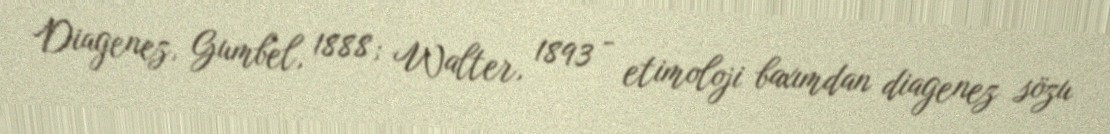
Diagenez, Gumbel, 1888; Walter, 1893 - etimoloji baxımdan diagenez sözu